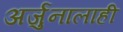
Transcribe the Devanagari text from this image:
अर्जुनालाही